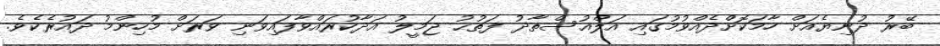
ބޭރު ދުނިޔެއަށް ހާމަކޮށްދެއްވުމުގައި އަލްއުސްތާޛު ފަތުޙު ޖަމީލު އަދާކުރައްވާފައިވަނި ވަރަށް މުހިންމު ދައުރެކެވެ.